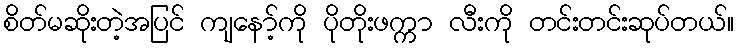
စိတ်မဆိုးတဲ့အပြင် ကျနော့်ကို ပိုတိုးဖက္ကာ လီးကို တင်းတင်းဆုပ်တယ်။